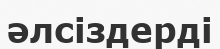
әлсіздерді